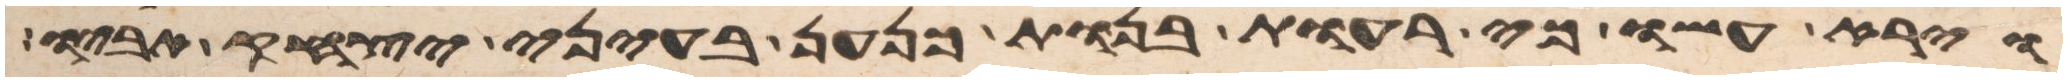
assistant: וירא עשו כי רעות בנות כנען בעיני יצחק אביו